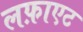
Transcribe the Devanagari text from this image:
लफ़ाएट